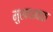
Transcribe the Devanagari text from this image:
मुखधावक